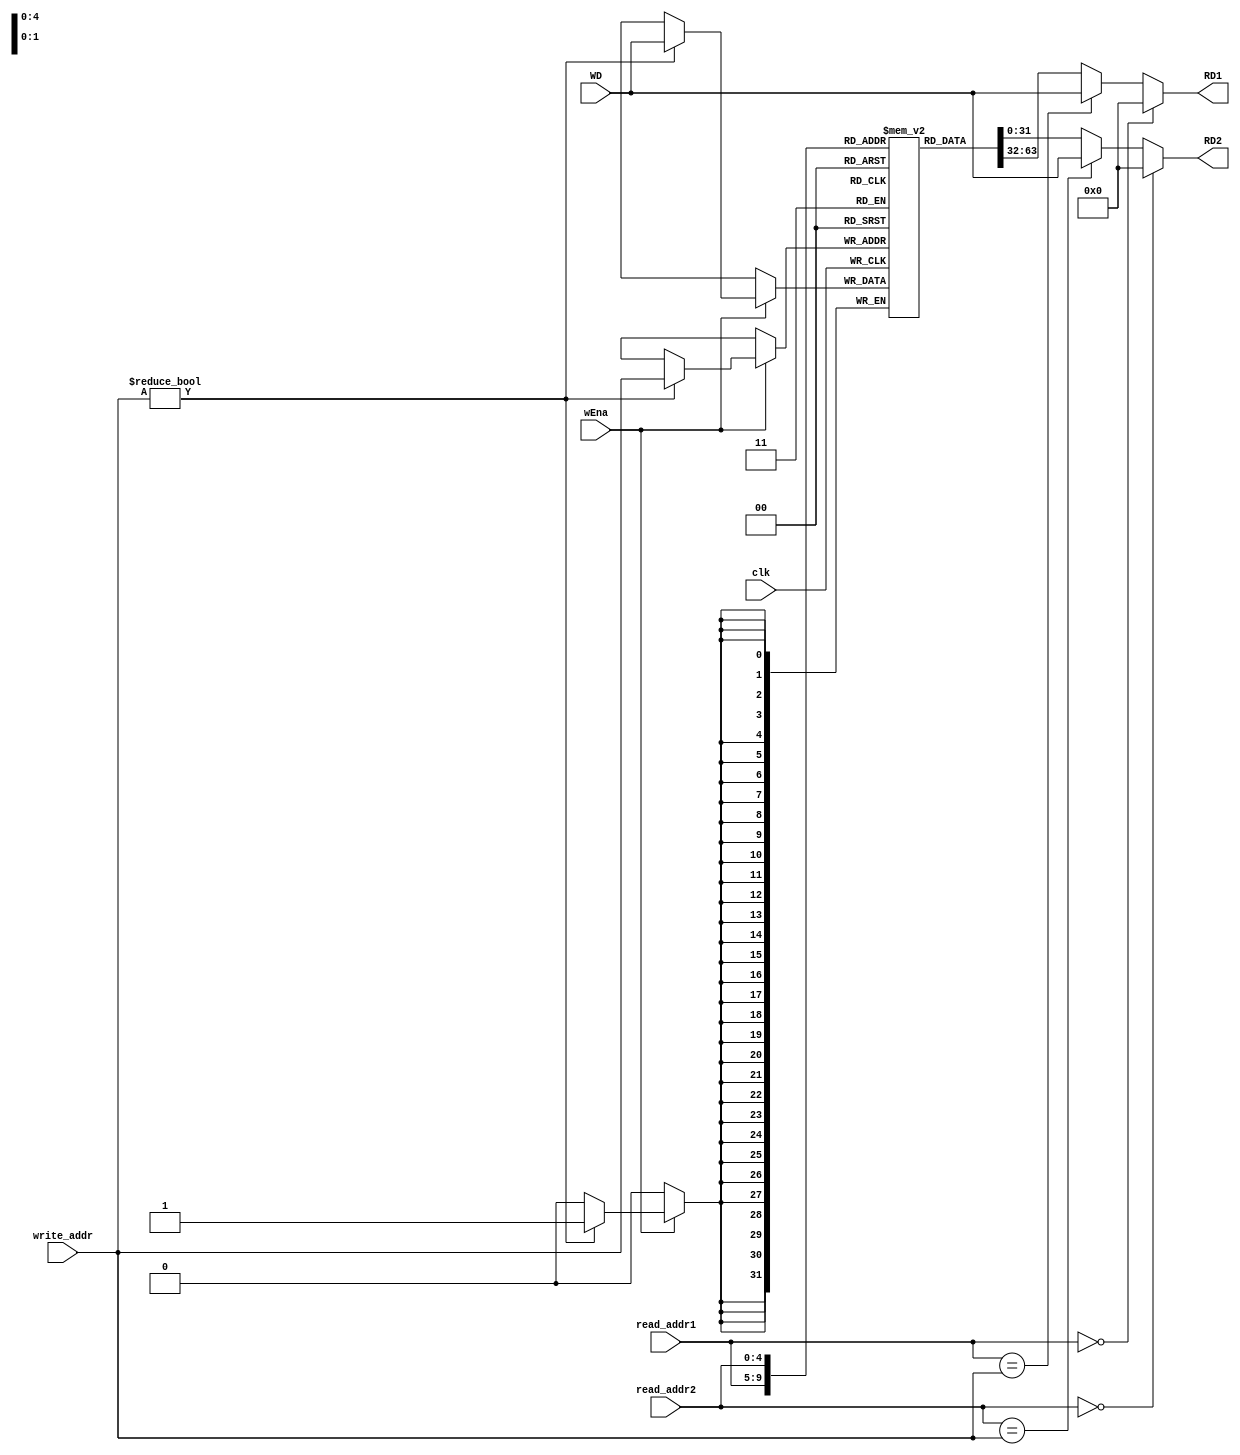
`timescale 1ns / 1ps
//////////////////////////////////////////////////////////////////////////////////
// Company: 
// Engineer: 
// 
// Design Name: 
// Module Name:    reg_file 
// Project Name: 
// Target Devices: 
// Tool versions: 
// Description: 
//
// Dependencies: 
//
// Revision: 
// Revision 0.01 - File Created
// Additional Comments: 
//
//////////////////////////////////////////////////////////////////////////////////
module REG_FILE(
	input clk,
	input [4:0] read_addr1,
	input [4:0] read_addr2,
	output reg [31:0] RD1, 
	output reg [31:0] RD2,
	input [4:0] write_addr,
	input [31:0] WD,
	input wEna
);
	
	reg [31:0] register [31:0];
	
	//assign RD1 = (read_addr1 == 0)? 0 : register[read_addr1];
	//assign RD2 = (read_addr2 == 0)? 0 : register[read_addr2];
	
	always@(*)
	begin
	if (read_addr1 == 0) RD1 <= 0;
	else begin
	if (read_addr1 == write_addr)
	RD1 <= WD;
	else RD1 <= register[read_addr1];
	end
	if (read_addr2 == 0) RD2 <= 0;
	else begin
	if (read_addr2 == write_addr)
	RD2 <= WD;
	else RD2 <= register[read_addr2];
	end
	end
	
	always @(posedge clk)
	begin
		if (wEna)
		begin
			if (write_addr != 0)
			register[write_addr] <= WD;
		end
	end
endmodule